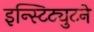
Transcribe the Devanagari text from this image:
इन्स्टिट्युटने